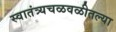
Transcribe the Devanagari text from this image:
स्वातंत्र्यचळवळीतल्या